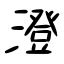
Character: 澄